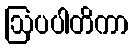
ဩပပါတိကာ